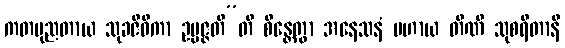
ကတပုညတာယ သုခဇီဝိကာ ဥပ္ပဇ္ဇတီ”တိ စိန္တေတွာ အနေသနံ ပဟာယ တီဏိ သုစရိတာနိ